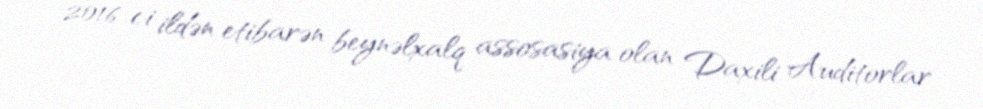
2016-ci ildən etibarən beynəlxalq assosasiya olan Daxili Auditorlar